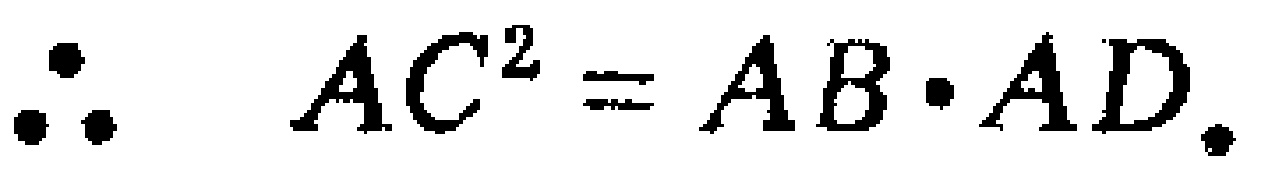
\(\therefore AC^{2}=AB\cdot AD.\)